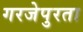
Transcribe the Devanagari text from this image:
गरजेपुरता